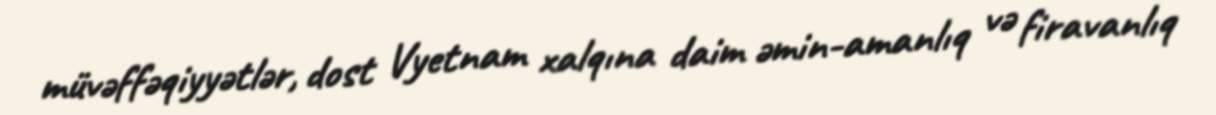
müvəffəqiyyətlər, dost Vyetnam xalqına daim əmin-amanlıq və firavanlıq